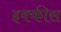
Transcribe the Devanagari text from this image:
इक्‍कीस